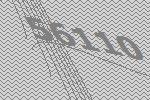
56110